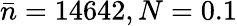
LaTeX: \bar{n}=14642,N=0.1